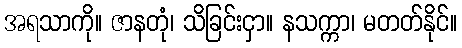
အရသာကို။ ဇာနတုံ၊ သိခြင်းငှာ။ နသက္ကာ၊ မတတ်နိုင်။